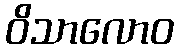
ဝိသာလောဝ